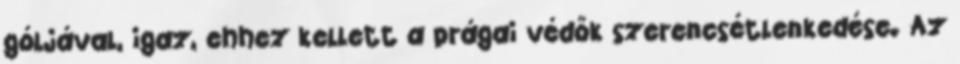
góljával, igaz, ehhez kellett a prágai védők szerencsétlenkedése. Az